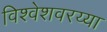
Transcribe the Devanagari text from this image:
विश्वेशवरय्या